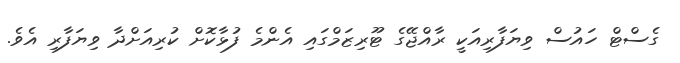
ގެސްޓް ހައުސް ވިޔަފާރިއަކީ ރާއްޖޭގެ ޓޫރިޒަމްގައި އެންމެ ފުޅާކޮށް ކުރިއަށްދާ ވިޔަފާރި އެވެ.